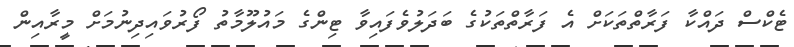
ޓެކްސް ދައްކާ ފަރާތްތަކަށް އެ ފަރާތްތަކުގެ ބަދަލުވެފައިވާ ޓިންގެ މައުލޫމާތު ފޯރުވައިދިނުމަށް މީރާއިން